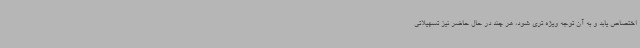
اختصاص یابد و به آن توجه ویژه تری شود، هر چند در حال حاضر نیز تسهیلاتی